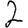
Digit: 2